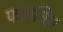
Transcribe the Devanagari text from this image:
फलति।।